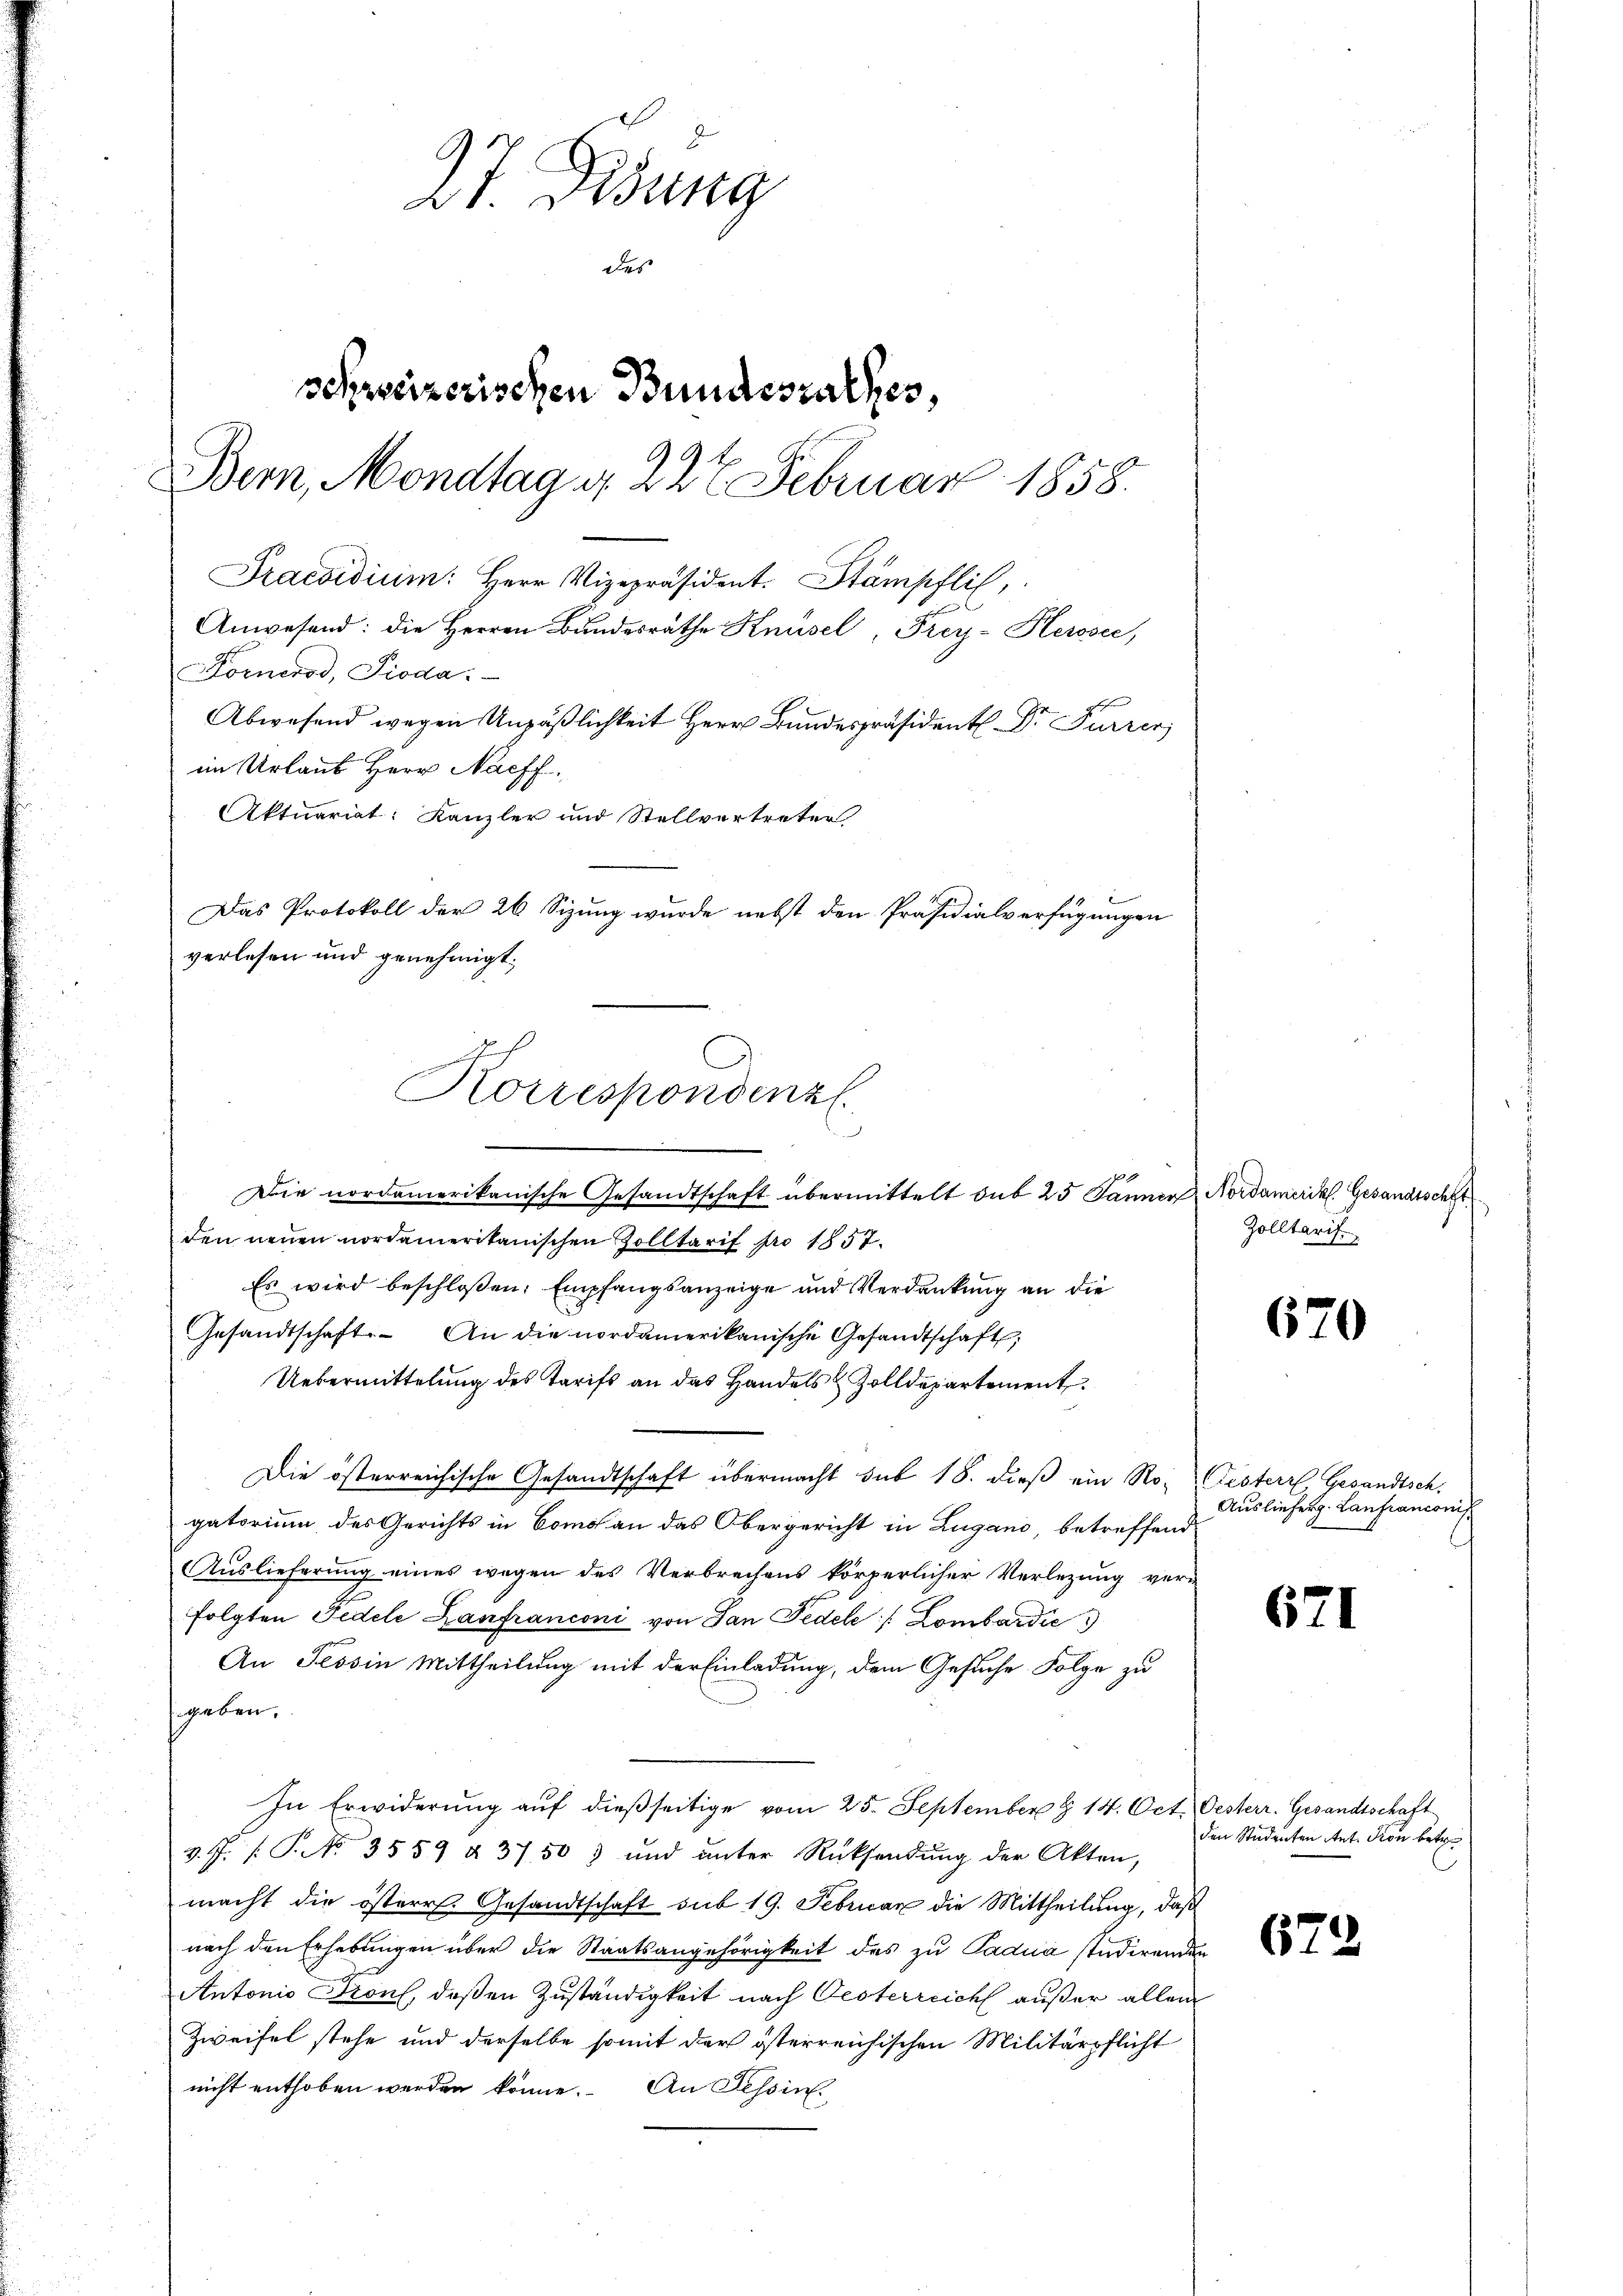
27 Didung
des
schweizerischen Bundesrathes,
Bern, Mondtag d. 227 Februar 1858.
Praesidium: Herr Vizepräsident. Stämpflich,
Anwesend: die Herren Bundesräthe Knüsel, Frey-Kerssee,
Körneros, Pioda.
Abwesend wegen Unpäßlichkeit Herr Bundespräsident Dr. Furrer
im Urlaub Herr Nachf
Aktuariat: Kanzler und Stellvertreter
Das Protokoll der 26 Sizung wurde nebst den Präsidialverfügungen
verlesen und genehmigt;

Korrespondenz.

Die nordamerikanische Gesandtschaft übermittelt sub 25 Jänner Nordamerikl. Gesandtschft
den neuen nordamerikanischen Zolltarif pro 1857.
Es wird beschloßen: Empfangsanzeige und Verdankung an die
Gesandtschaft. An die nordamerikanische Gesandtschaft,
Uebermittelung des Tarifs an das Handels & Zolldepartement
Die österreichische Gesandtschaft übermacht sub 18. dieß ein Ro-
gatorium des Gerichts in Comos an das Obergericht in Lugano, betreffend
Auslieferung eines wegen des Verbrechens körperlicher Verlegung verfolgten Fedele Lanfranconi von San Fedele /: Lombardie
An Tessin Mittheilung mit der Einladung, dem Gesuche Folge zu
geben.
In Erwiderŭng aŭf dießseitige vom 25. September § 14. Oct. Oesterr. Gesandtschaft
v. J. P. No. 3559 & 3750) und ŭnter Rücksendŭng der Akten,
macht die österr. Gesandtschaft auf 19. Februar die Mittheilung, daß
nach den Erhebungen über die Staatsangehörigkeit des zu Padua studirenden
Antonio Front, deßen Zuständigkeit nach Oesterreich außer allen
Zweifel stehe und derselbe somit der österreichischen Militärpflicht
nicht enthoben werden könne. An Tessin.

Zolltarif.

670

Cesterr. Gesandtsch.
Auslieferg. Lanfianconis

671

den Studenten Ant. Dion betr

672